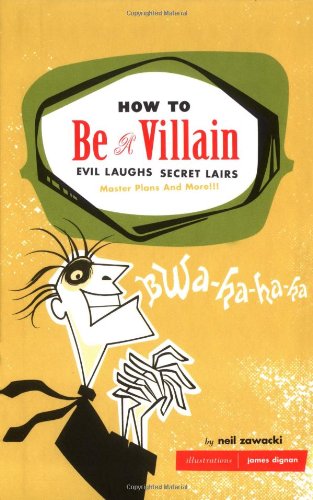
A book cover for How to Be a Villain: Evil Laughs, Secret Lairs, Master Plans, and More!!!; Neil Zawacki; Humor & Entertainment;